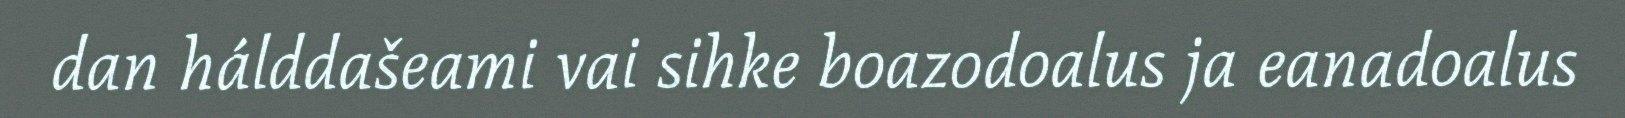
dan hálddašeami vai sihke boazodoalus ja eanadoalus